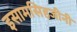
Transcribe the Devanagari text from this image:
इसामसिहजीनी